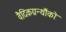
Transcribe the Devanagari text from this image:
वैदिकग्रन्थौंको